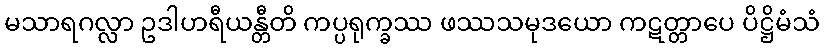
မသာရဂလ္လာ ဥဒါဟရီယန္တီတိ ကပ္ပရုက္ခဿ ဖဿသမုဒယော ကဋတ္တာပေ ပိဋ္ဌိမံသံ